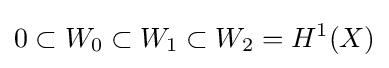
0\subset W_{0}\subset W_{1}\subset W_{2}=H^{1}(X)